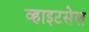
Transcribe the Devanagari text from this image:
व्हाइटसेल